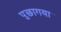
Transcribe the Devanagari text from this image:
पुछागया